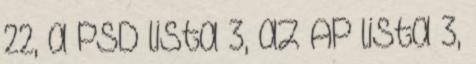
22, a PSD lista 3, az AP lista 3,